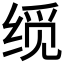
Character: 𬘮